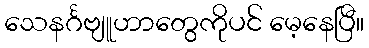
သေနင်္ဂဗျူဟာတွေကိုပင် မေ့နေပြီ။